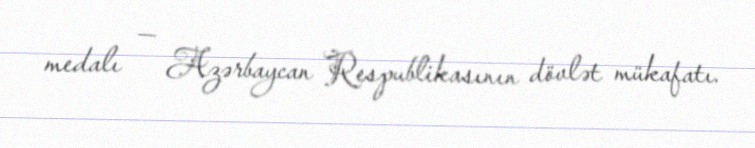
medalı — Azərbaycan Respublikasının dövlət mükafatı.